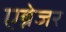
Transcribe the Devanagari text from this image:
एब्नेजर